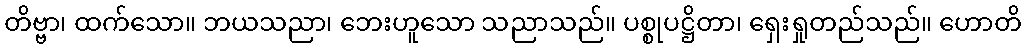
တိဗ္ဗာ၊ ထက်သော။ ဘယသညာ၊ ဘေးဟူသော သညာသည်။ ပစ္စုပဋ္ဌိတာ၊ ရှေးရှုတည်သည်။ ဟောတိ